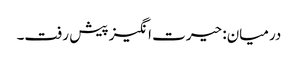
درمیان: حیرت انگیز پیش رفت۔